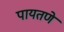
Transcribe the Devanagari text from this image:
पायतणे